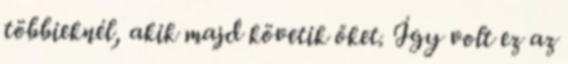
többieknél, akik majd követik őket. Így volt ez az